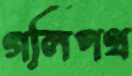
গলিপথ